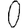
Digit: 0